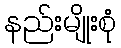
နည်းမျိုးစုံ